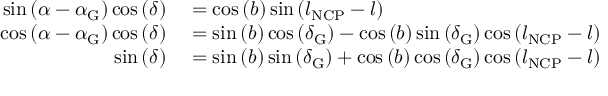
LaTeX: \begin{array} { r l } { \sin \left( \alpha - \alpha _ { \mathrm { G } } \right) \cos \left( \delta \right) } & { { } = \cos \left( b \right) \sin \left( l _ { \mathrm { N C P } } - l \right) } \\ { \cos \left( \alpha - \alpha _ { \mathrm { G } } \right) \cos \left( \delta \right) } & { { } = \sin \left( b \right) \cos \left( \delta _ { \mathrm { G } } \right) - \cos \left( b \right) \sin \left( \delta _ { \mathrm { G } } \right) \cos \left( l _ { \mathrm { N C P } } - l \right) } \\ { \sin \left( \delta \right) } & { { } = \sin \left( b \right) \sin \left( \delta _ { \mathrm { G } } \right) + \cos \left( b \right) \cos \left( \delta _ { \mathrm { G } } \right) \cos \left( l _ { \mathrm { N C P } } - l \right) } \end{array}